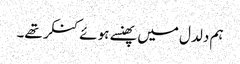
ہم دلدل میں پھنسے ہوئے کنکر تھے۔